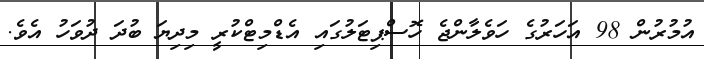
އުމުރުން 98 އަހަރުގެ ހަވެލާންޖެ ހޮސްޕިޓަލުގައި އެޑްމިޓްކުރީ މިދިޔަ ބުދަ ދުވަހު އެވެ.